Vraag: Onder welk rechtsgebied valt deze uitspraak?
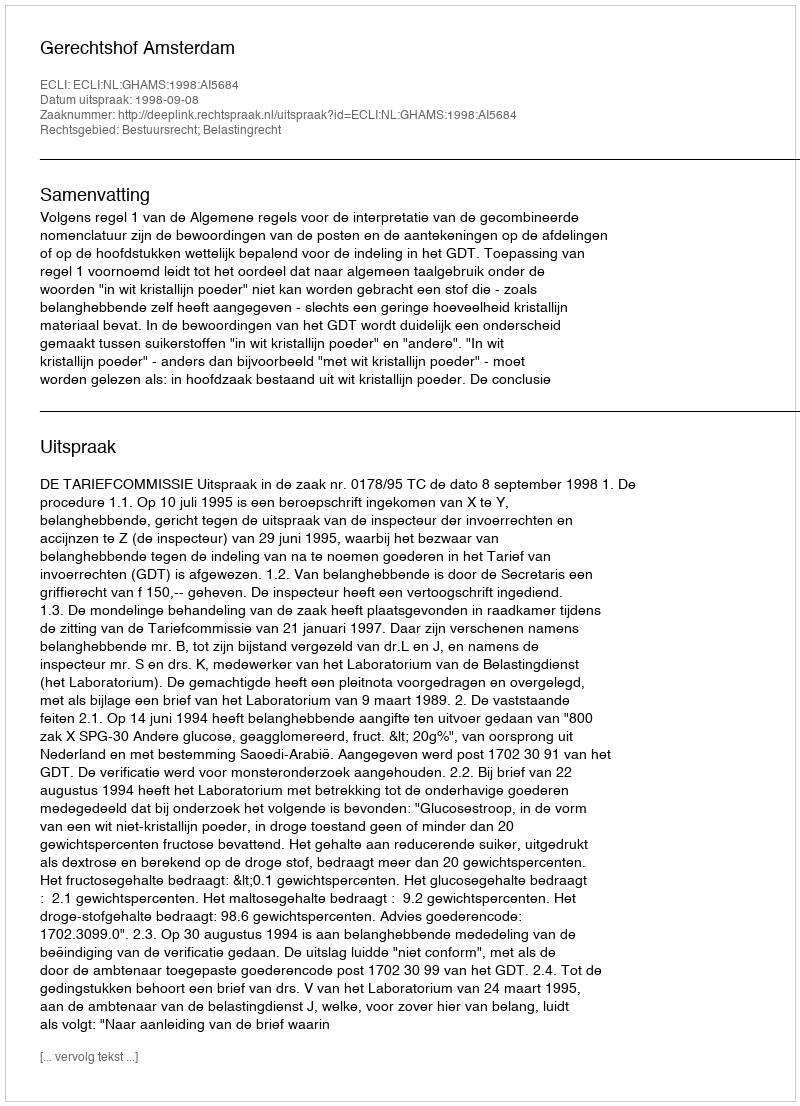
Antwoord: Bestuursrecht; Belastingrecht